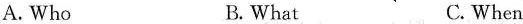
A. Who B. What C. When